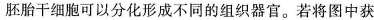
胚胎干细胞可以分化形成不同的组织器官。若将图中获